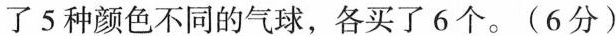
了5种颜色不同的气球，各买了6个。(6分)